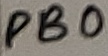
Text: PB0